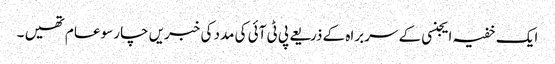
ایک خفیہ ایجنسی کے سربراہ کے ذریعے پی ٹی آئی کی مدد کی خبریں چارسو عام تھیں ۔